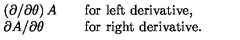
\begin{array} { l l l } { \displaystyle \left( \partial / \partial \theta \right) A } & { } & { \mathrm { f o r \ l e f t \ d e r i v a t i v e } , } \\ { \displaystyle \partial A / \partial \theta } & { } & { \mathrm { f o r \ r i g h t \ d e r i v a t i v e } . } \\ \end{array}